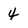
Character: 4